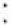
: